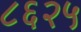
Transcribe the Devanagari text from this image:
८६२५